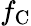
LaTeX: f_{\mathrm{C}}